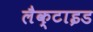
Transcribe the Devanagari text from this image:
लैक्टाइड